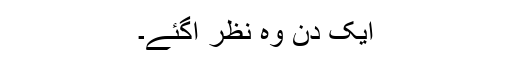
ایک دن وہ نظر آگئے۔